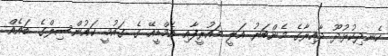
ކެނދިކުޅުދޫ ދާއިރާގެ މެންބަރު އަލީ މައުރީފާއި އެމްޑީއޭ ގެ ގައުމީ ކައުންސިލްގެ ބައެއް